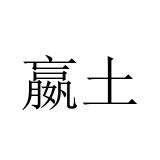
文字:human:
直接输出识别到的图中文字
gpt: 嬴土